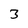
Character: 3